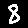
Digit: 8